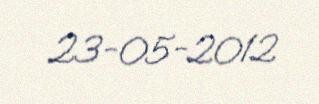
23-05-2012